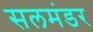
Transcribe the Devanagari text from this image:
सलमंडर